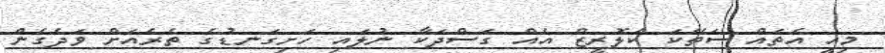
މިއީ އެތައް ސަތޭކަ ކެލޮރީޒް އެއް ގަސްދަކާ ނުލައި ހަށިގަނޑުގެ ތެރެއަށް ވަދެގެން